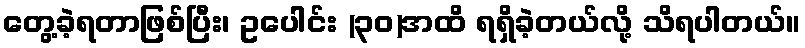
တွေ့ခဲ့ရတာဖြစ်ပြီး၊ ဥပေါင်း (၃၀)အထိ ရရှိခဲ့တယ်လို့ သိရပါတယ်။